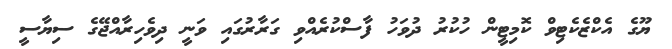
ޔޫގެ އެކްޒެކެޓިވް ކޮމިޓީން ހުކުރު ދުވަހު ފާސްކުރެއްވި ގަރާރުގައި ވަނީ ދިވެހިރާއްޖޭގެ ސިޔާސީ